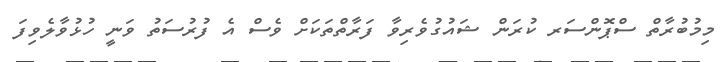
މިމުބުރާތް ސްޕޮންސަރ ކުރަން ޝައުގުވެރިވާ ފަރާތްތަކަށް ވެސް އެ ފުރުސަތު ވަނީ ހުޅުވާލެވިފަ